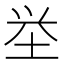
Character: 𮰡